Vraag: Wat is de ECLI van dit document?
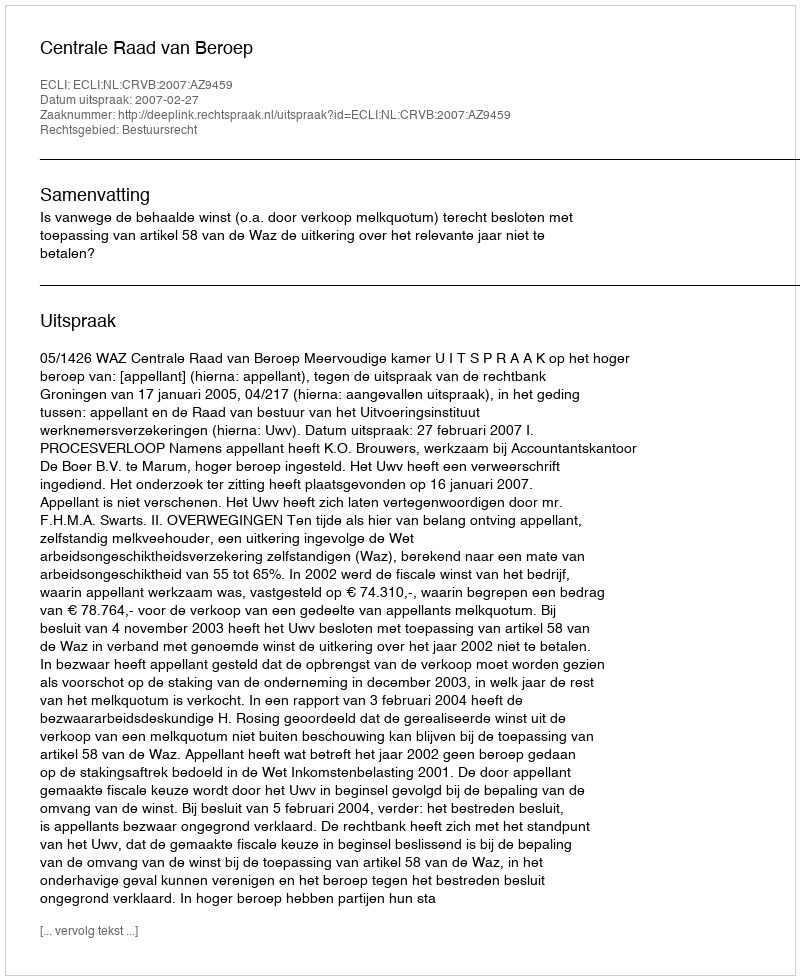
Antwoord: ECLI:NL:CRVB:2007:AZ9459